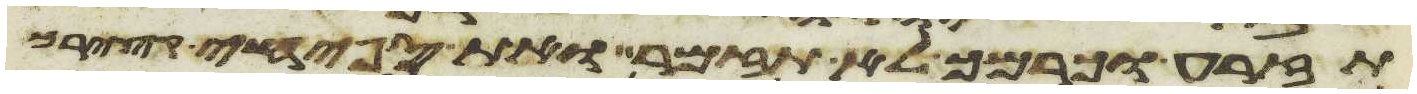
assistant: תזרע וכרמך לא תזמר ואת ספחי קציריך